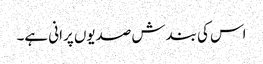
اس کی بندش صدیوں پرانی ہے۔